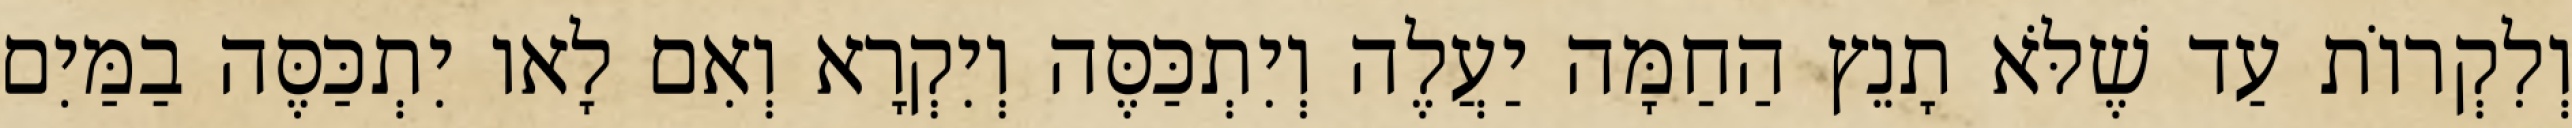
וְלִקְרוֹת עַד שֶׁלֹּא תָנֵץ הַחַמָּה יַעֲלֶה וְיִתְכַּסֶּה וְיִקְרָא וְאִם לָאו יִתְכַּסֶּה בַמַּיִם